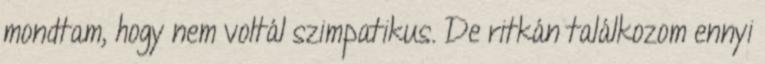
mondtam, hogy nem voltál szimpatikus. De ritkán találkozom ennyi